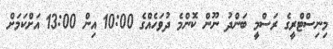
މިނިސްޓްރީގެ ރަސްމީ ބަންދު ނޫން ކޮންމެ ދުވަހެއްގެ 10:00 އިން 13:00 އަށްކަމަށް